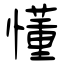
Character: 懂